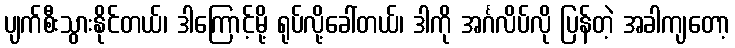
ပျက်စီးသွားနိုင်တယ်၊ ဒါကြောင့်မို့ ရုပ်လို့ခေါ်တယ်၊ ဒါကို အင်္ဂလိပ်လို ပြန်တဲ့ အခါကျတော့